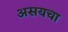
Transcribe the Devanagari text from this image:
असयचा